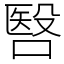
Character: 㗨